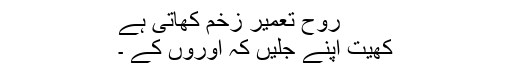
روح تعمیر زخم کھاتی ہے
کھیت اپنے جلیں کہ اوروں کے ۔